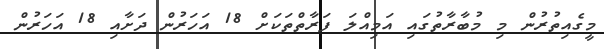
މީގެއިތުރުން މި މުބާރާތުގައި އަމިއްލަ ފަރާތްތަކަށް 18 އަހަރުން ދަށާއި 18 އަހަރުން